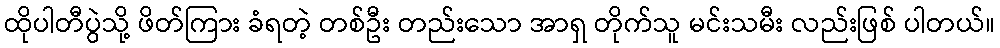
ထိုပါတီပွဲသို့ ဖိတ်ကြား ခံရတဲ့ တစ်ဦး တည်းသော အာရှ တိုက်သူ မင်းသမီး လည်းဖြစ် ပါတယ်။